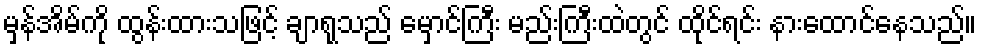
မှန်အိမ်ကို ထွန်းထားသဖြင့် ချာရုသည် မှောင်ကြီး မည်းကြီးထဲတွင် ထိုင်ရင်း နားထောင်နေသည်။